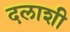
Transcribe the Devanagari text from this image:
दलाशी